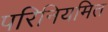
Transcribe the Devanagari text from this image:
परिनियमित